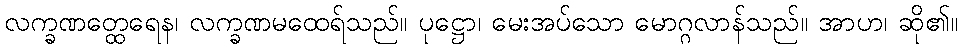
လက္ခဏတ္ထေရေန၊ လက္ခဏမထေရ်သည်။ ပုဋ္ဌော၊ မေးအပ်သော မောဂ္ဂလာန်သည်။ အာဟ၊ ဆို၏။